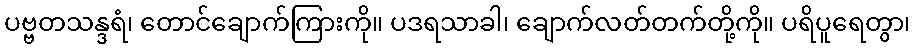
ပဗ္ဗတသန္ဒရံ၊ တောင်ချောက်ကြားကို။ ပဒရသာခါ၊ ချောက်လတ်တက်တို့ကို။ ပရိပူရေတွာ၊